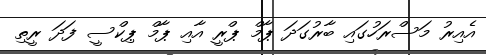
އެއިރު މަސްރަހުގައި ބާރުގަދަ ޕާމް ޕްރީ އާއި ޕާމް ޕިކްސީ ފަދަ ރީތި